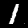
Digit: 1